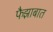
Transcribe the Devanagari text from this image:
फैझाबात